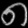
Digit: ၈